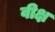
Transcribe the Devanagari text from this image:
वीक्ष